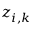
z _ { i , k }